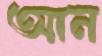
আন